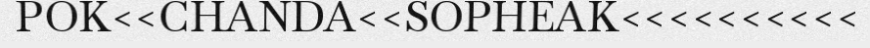
POK<<CHANDA<<SOPHEAK<<<<<<<<<<